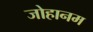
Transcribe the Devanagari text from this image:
जोहानम